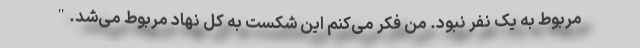
مربوط به یک نفر نبود. من فکر می‌کنم این شکست به کل نهاد مربوط می‌شد."